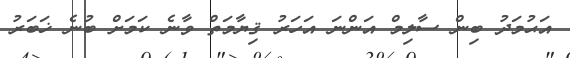
އަޙުމަދު ބިން ސާލިމް އަންނަ އަހަރު ޤިޔާމަތް ވާނެ ކަމަށް ބުނެ ޚަބަރު